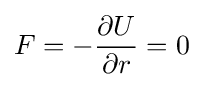
F=-{\partial U \over \partial r}=0